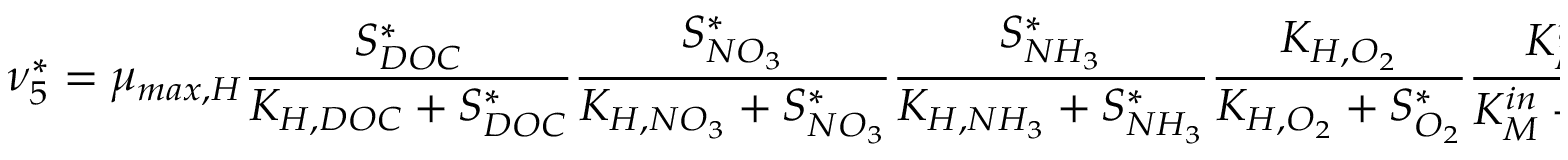
\nu _ { 5 } ^ { * } = \mu _ { m a x , H } \frac { S _ { D O C } ^ { * } } { K _ { H , D O C } + S _ { D O C } ^ { * } } \frac { S _ { N O _ { 3 } } ^ { * } } { K _ { H , N O _ { 3 } } + S _ { N O _ { 3 } } ^ { * } } \frac { S _ { N H _ { 3 } } ^ { * } } { K _ { H , N H _ { 3 } } + S _ { N H _ { 3 } } ^ { * } } \frac { K _ { H , O _ { 2 } } } { K _ { H , O _ { 2 } } + S _ { O _ { 2 } } ^ { * } } \frac { K _ { M ^ { * } } ^ { i n } } { K _ { M } ^ { i n } + M ^ { * } } \psi _ { H } ^ { * }